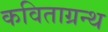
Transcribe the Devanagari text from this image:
कविताग्रन्थ